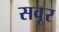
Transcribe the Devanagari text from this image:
सवूर